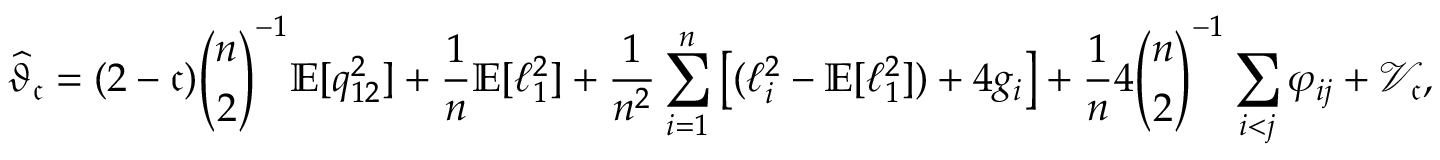
\widehat { \vartheta } _ { \mathfrak { c } } = ( 2 - \mathfrak { c } ) \binom { n } { 2 } ^ { - 1 } \mathbb { E } [ q _ { 1 2 } ^ { 2 } ] + \frac { 1 } { n } \mathbb { E } [ \ell _ { 1 } ^ { 2 } ] + \frac { 1 } { n ^ { 2 } } \sum _ { i = 1 } ^ { n } \big [ ( \ell _ { i } ^ { 2 } - \mathbb { E } [ \ell _ { 1 } ^ { 2 } ] ) + 4 g _ { i } \big ] + \frac { 1 } { n } 4 \binom { n } { 2 } ^ { - 1 } \sum _ { i < j } \varphi _ { i j } + \mathcal { V } _ { \mathfrak { c } } ,